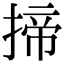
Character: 揥